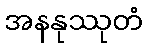
အနနုဿုတံ